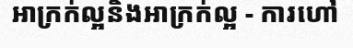
អាក្រក់ល្អនិងអាក្រក់ល្អ - ការហៅ